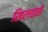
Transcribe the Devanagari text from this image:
खिलवाने